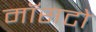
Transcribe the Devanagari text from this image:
मॉसटो